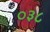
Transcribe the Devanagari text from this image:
०३८